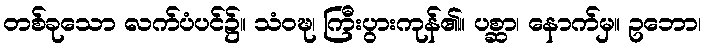
တစ်ခုသော လက်ပံပင်၌။ သံဝဍ္ဎ၊ ကြီးပွားကုန်၏။ ပစ္ဆာ၊ နောက်မှ။ ဥဘော၊